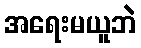
အရေးမယူဘဲ